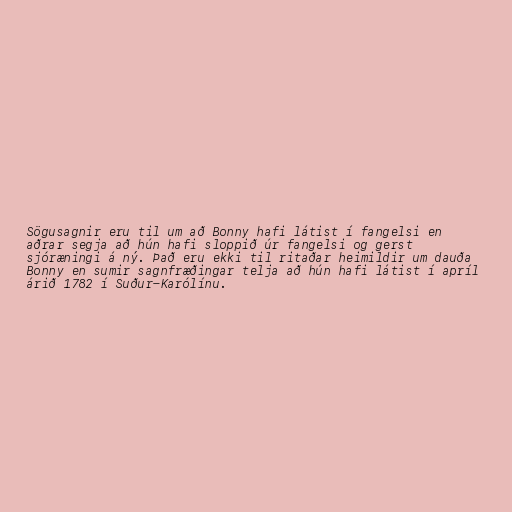
Sögusagnir eru til um að Bonny hafi látist í fangelsi en
aðrar segja að hún hafi sloppið úr fangelsi og gerst
sjóræningi á ný. Það eru ekki til ritaðar heimildir um dauða
Bonny en sumir sagnfræðingar telja að hún hafi látist í apríl
árið 1782 í Suður-Karólínu.